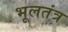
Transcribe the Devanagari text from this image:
भूलतंत्र